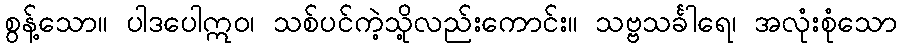
စွန့်သော။ ပါဒပေါဣဝ၊ သစ်ပင်ကဲ့သို့လည်းကောင်း။ သဗ္ဗသင်္ခါရေ၊ အလုံးစုံသော